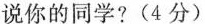
说你的同学?(4分)